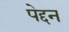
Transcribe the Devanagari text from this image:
पेद्दन